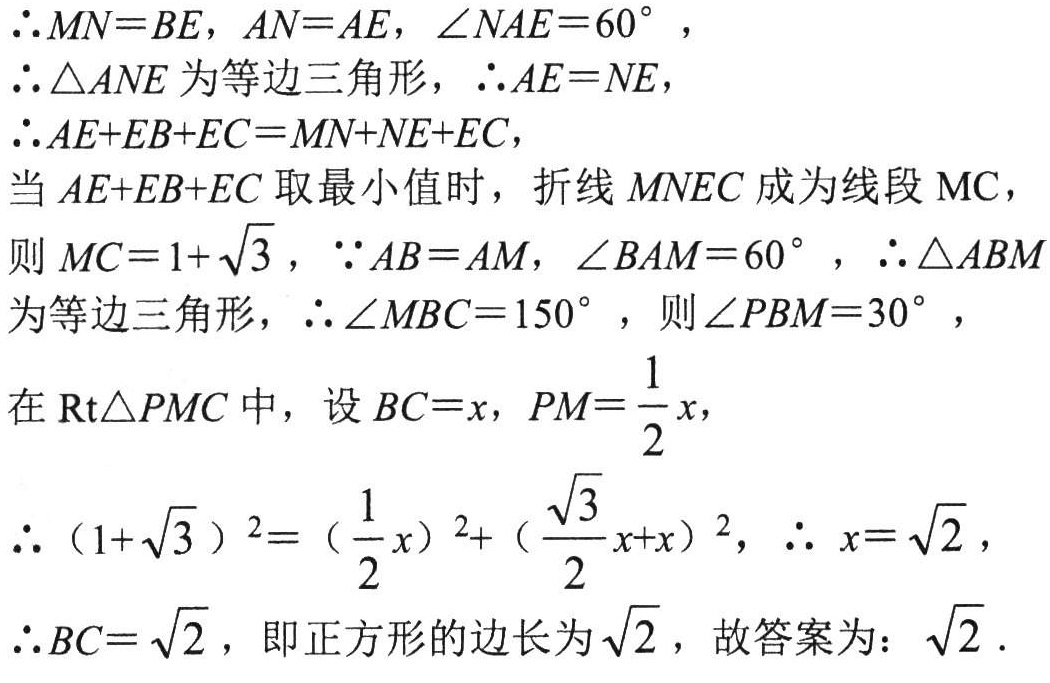
\(\therefore MN = BE\)，\(AN = AE\)，\(\angle NAE = 60^{\circ}\)，
\(\therefore\triangle ANE\)为等边三角形，\(\therefore AE = NE\)，
\(\therefore AE + EB+EC=MN + NE + EC\)，
当\(AE + EB + EC\)取最小值时，折线\(MNEC\)成为线段\(MC\)，
则\(MC = 1+\sqrt{3}\)，\(\because AB = AM\)，\(\angle BAM = 60^{\circ}\)，\(\therefore\triangle ABM\)
为等边三角形，\(\therefore\angle MBC = 150^{\circ}\)，则\(\angle PBM = 30^{\circ}\)，
在\(\text{Rt}\triangle PMC\)中，设\(BC = x\)，\(PM=\frac{1}{2}x\)，
\(\therefore(1 + \sqrt{3})^{2}=(\frac{1}{2}x)^{2}+(\frac{\sqrt{3}}{2}x + x)^{2}\)，\(\therefore x=\sqrt{2}\)，
\(\therefore BC=\sqrt{2}\)，即正方形的边长为\(\sqrt{2}\)，故答案为：\(\sqrt{2}\).